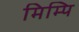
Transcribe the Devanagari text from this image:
मिम्पि